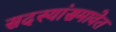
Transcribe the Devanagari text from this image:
सदस्यांसमावेत